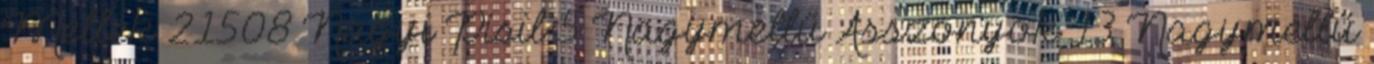
Mellek 21508 Nagyi Pisil 5 Nagymellű Asszonyok 13 Nagymellű